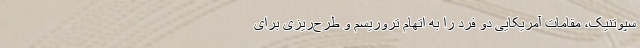
سپوتنیک، مقامات آمریکایی دو فرد را به اتهام تروریسم و طرح‌ریزی برای